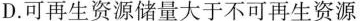
D.可再生资源储量大于不可再生资源